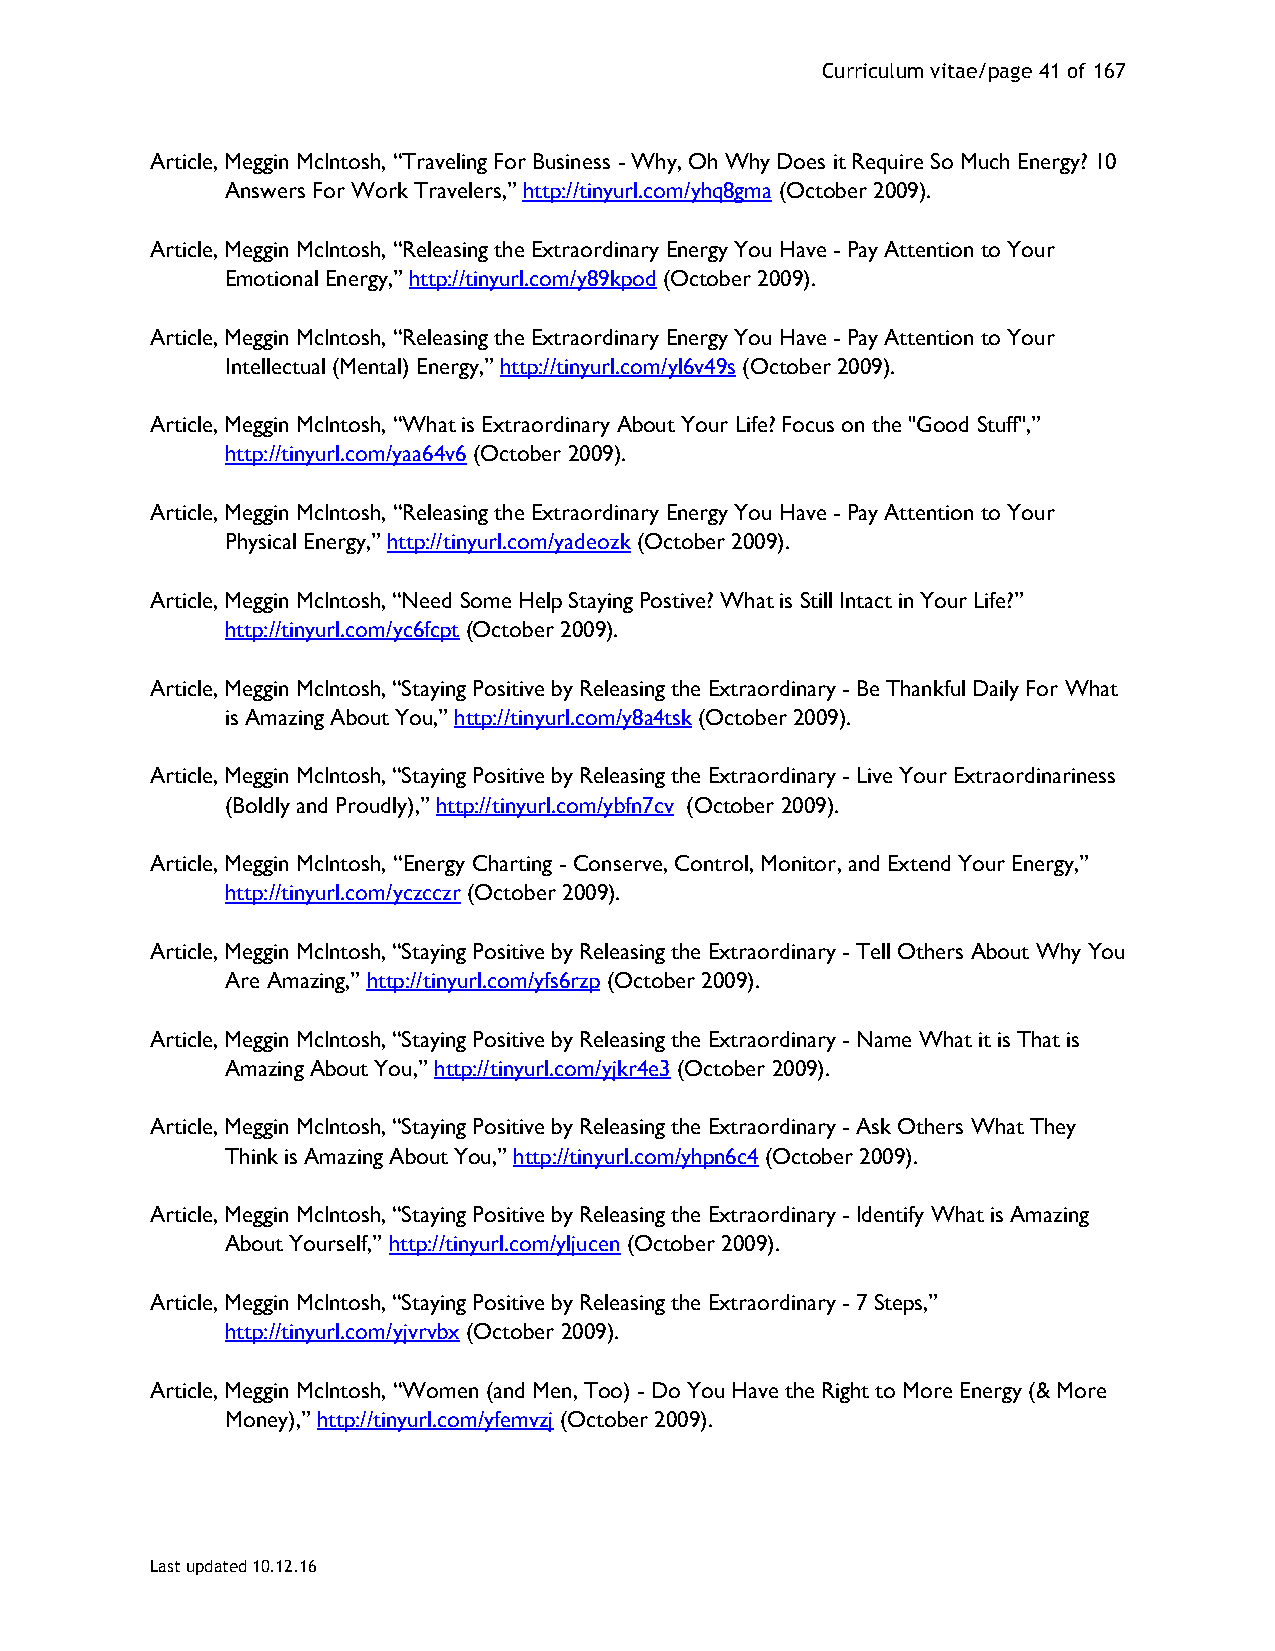
Curriculum vitae/page 41 of 167
 Article, Meggin McIntosh, “Traveling For Business - Why, Oh Why Does it Require So Much Energy? 10
 Answers For Work Travelers,” http://tinyurl.com/yhq8gma (October 2009).
 Article, Meggin McIntosh, “Releasing the Extraordinary Energy You Have - Pay Attention to Your
 Emotional Energy,” http://tinyurl.com/y89kpod (October 2009).
 Article, Meggin McIntosh, “Releasing the Extraordinary Energy You Have - Pay Attention to Your
 Intellectual (Mental) Energy,” http://tinyurl.com/yl6v49s (October 2009).
 Article, Meggin McIntosh, “What is Extraordinary About Your Life? Focus on the "Good Stuff",”
 http://tinyurl.com/yaa64v6 (October 2009).
 Article, Meggin McIntosh, “Releasing the Extraordinary Energy You Have - Pay Attention to Your
 Physical Energy,” http://tinyurl.com/yadeozk (October 2009).
 Article, Meggin McIntosh, “Need Some Help Staying Postive? What is Still Intact in Your Life?”
 http://tinyurl.com/yc6fcpt (October 2009).
 Article, Meggin McIntosh, “Staying Positive by Releasing the Extraordinary - Be Thankful Daily For What
 is Amazing About You,” http://tinyurl.com/y8a4tsk (October 2009).
 Article, Meggin McIntosh, “Staying Positive by Releasing the Extraordinary - Live Your Extraordinariness
 (Boldly and Proudly),” http://tinyurl.com/ybfn7cv (October 2009).
 Article, Meggin McIntosh, “Energy Charting - Conserve, Control, Monitor, and Extend Your Energy,”
 http://tinyurl.com/yczcczr (October 2009).
 Article, Meggin McIntosh, “Staying Positive by Releasing the Extraordinary - Tell Others About Why You
 Are Amazing,” http://tinyurl.com/yfs6rzp (October 2009).
 Article, Meggin McIntosh, “Staying Positive by Releasing the Extraordinary - Name What it is That is
 Amazing About You,” http://tinyurl.com/yjkr4e3 (October 2009).
 Article, Meggin McIntosh, “Staying Positive by Releasing the Extraordinary - Ask Others What They
 Think is Amazing About You,” http://tinyurl.com/yhpn6c4 (October 2009).
 Article, Meggin McIntosh, “Staying Positive by Releasing the Extraordinary - Identify What is Amazing
 About Yourself,” http://tinyurl.com/yljucen (October 2009).
 Article, Meggin McIntosh, “Staying Positive by Releasing the Extraordinary - 7 Steps,”
 http://tinyurl.com/yjvrvbx (October 2009).
 Article, Meggin McIntosh, “Women (and Men, Too) - Do You Have the Right to More Energy (& More
 Money),” http://tinyurl.com/yfemvzj (October 2009).
 Last updated 10.12.16